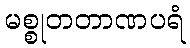
မစ္စုတတာဏပရံ